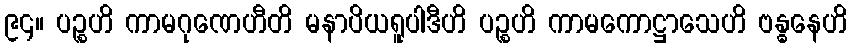
၉၄။ ပဉ္စဟိ ကာမဂုဏေဟီတိ မနာပိယရူပါဒီဟိ ပဉ္စဟိ ကာမကောဋ္ဌာသေဟိ ဗန္ဓနေဟိ